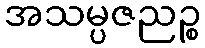
အသမ္ပဇညဉ္စ